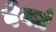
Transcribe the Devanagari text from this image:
दैवतं